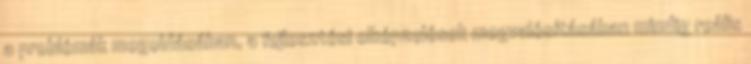
a problémák megoldásában, a fejlesztési elképzelések megvalósításában mindig reális